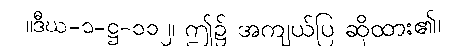
။ဒီဃ-၁-ဋ္ဌ-၁၁၂၊ ဤ၌ အကျယ်ပြ ဆိုထား၏၊